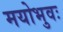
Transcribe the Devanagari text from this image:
मयोभुवः